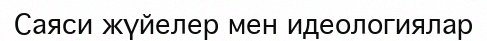
Саяси жүйелер мен идеологиялар